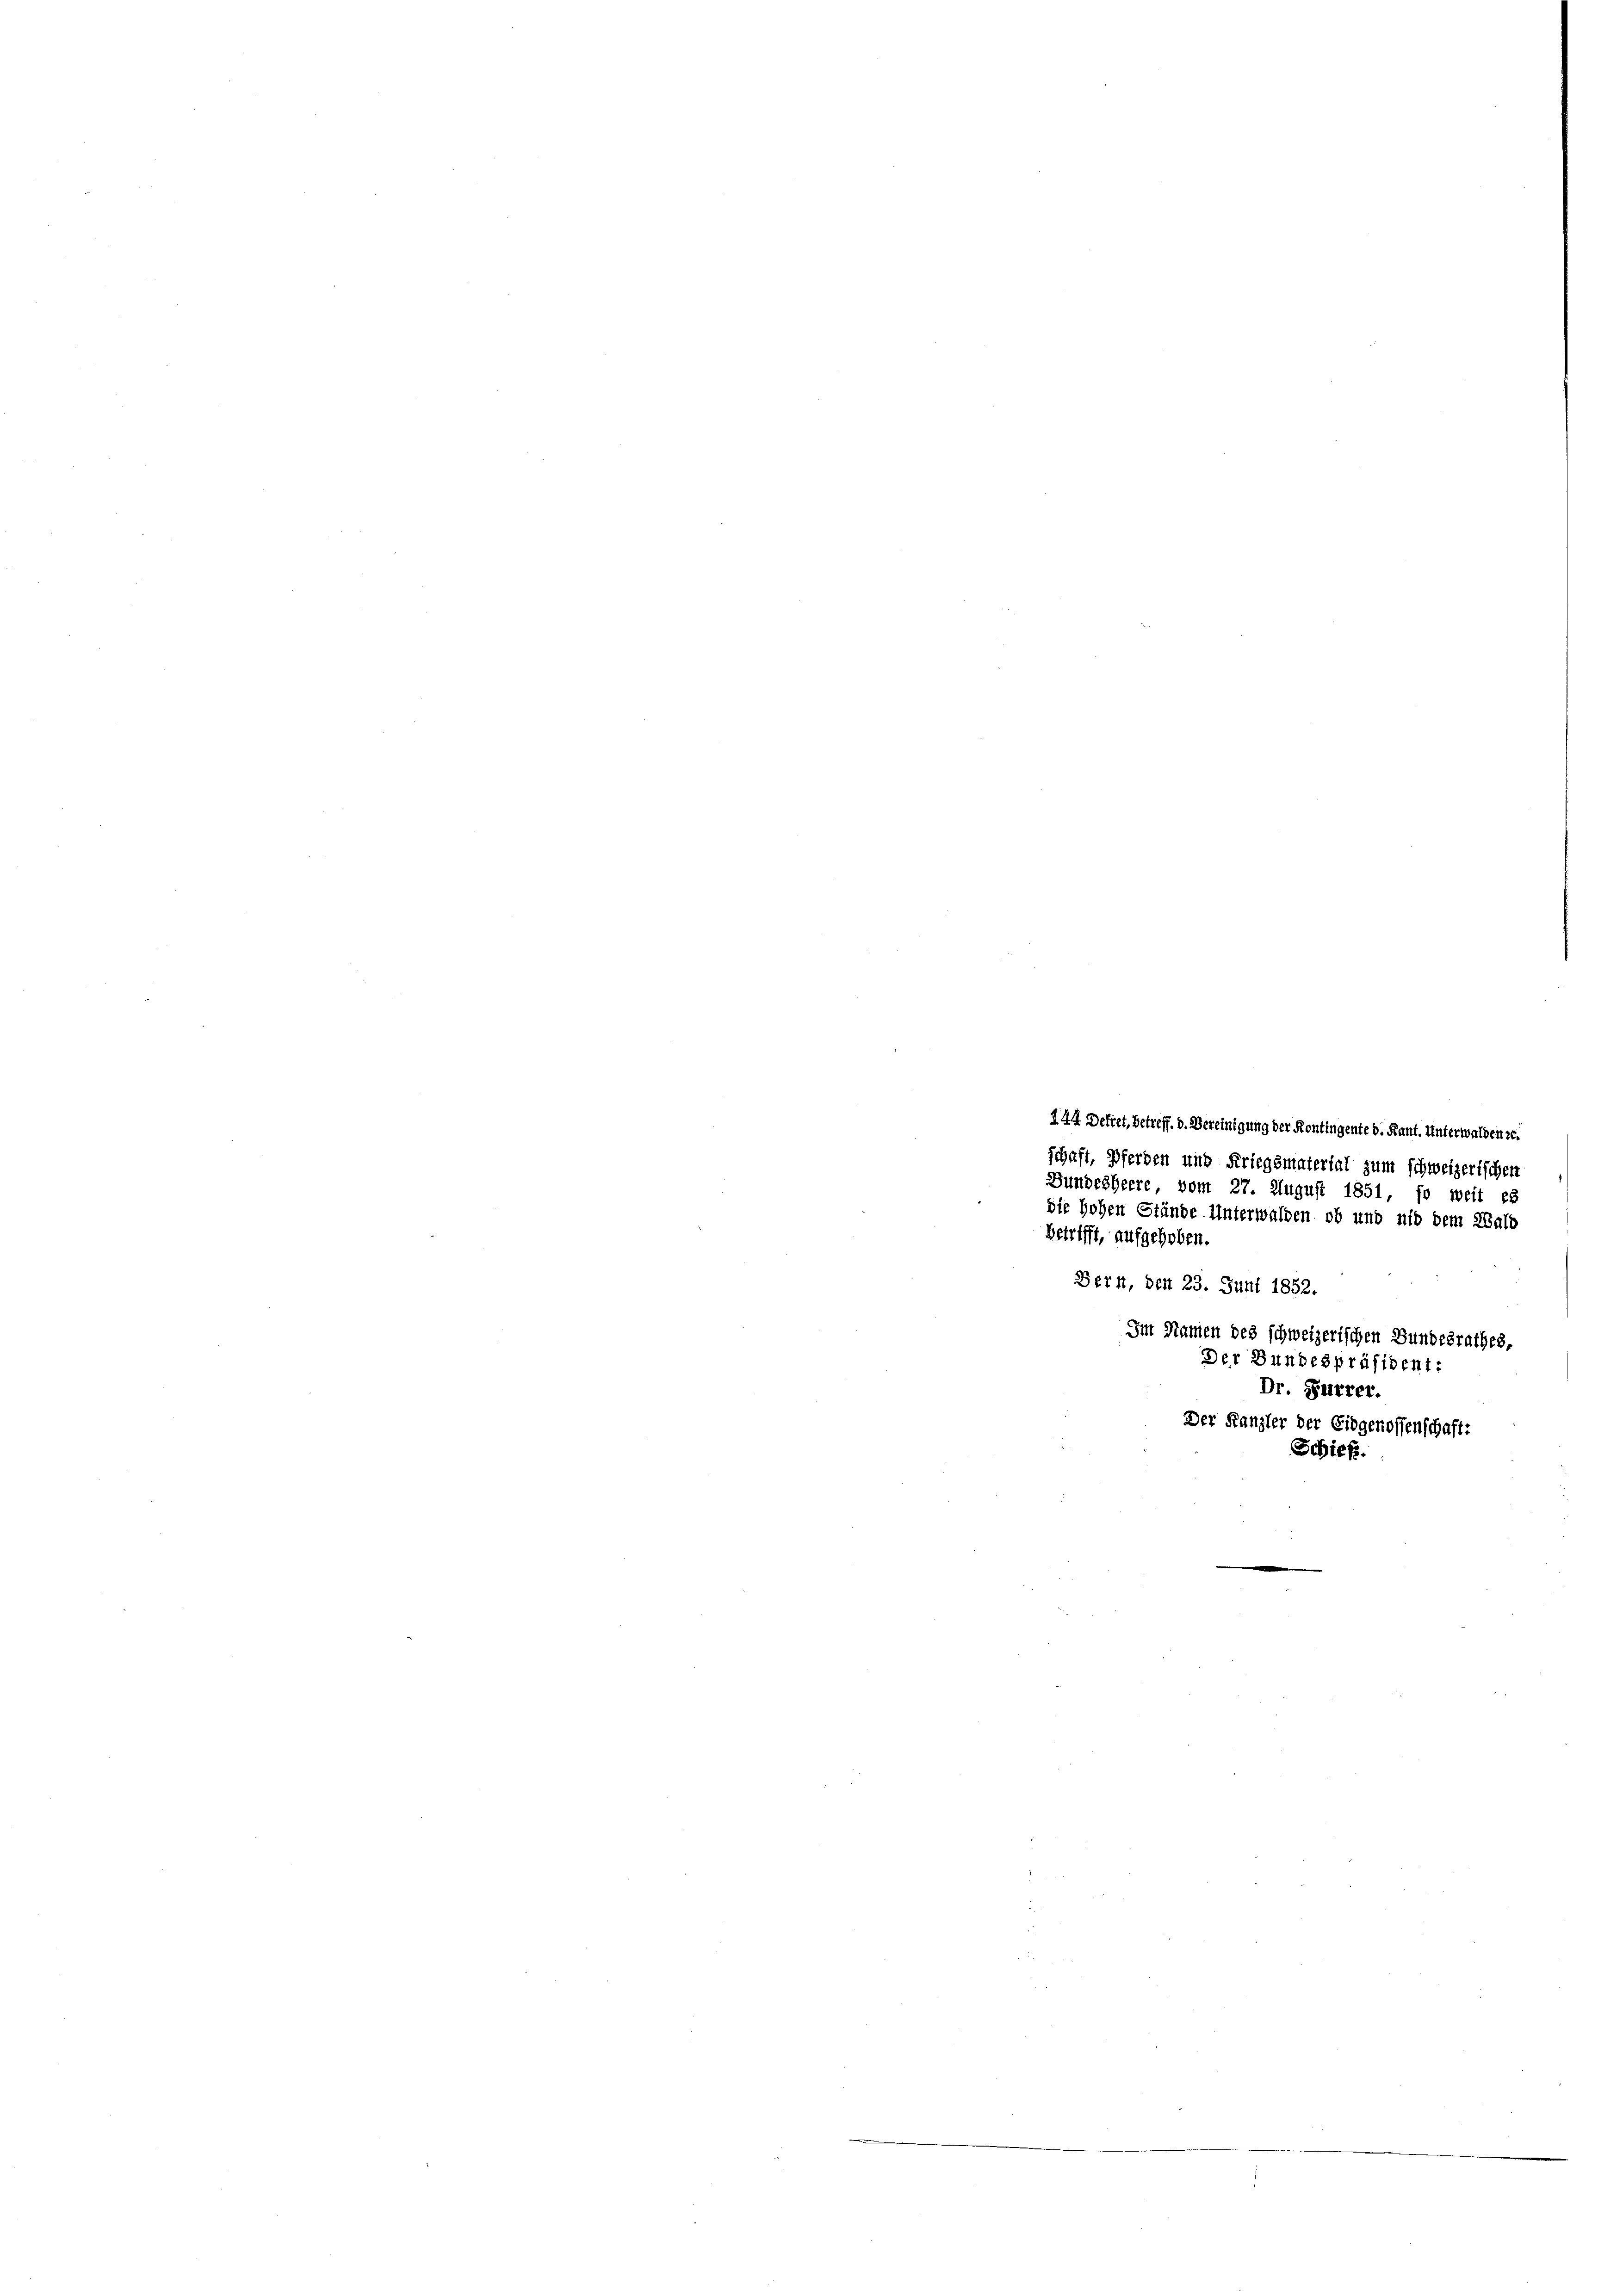
n
144 Dekret, betreff. d. Vereinigung der Kontingente d. Kant. Unterwaldenze.
schaft, Pferden und Kriegsmaterial zum schweizerischen
Bundesheere vom 27. August 1851, so weit es
die Hohen Stände Unterwalden ob und nid dem Salo
Betrifft, aufgehoben.
e
Bern, den 23. Juni 1852.
Im Stamen des schweizerischen Bundesrathes,
Der Bundespräsident:
Dr. Furrer.
Der Kanzler der Eidgenossenschaft:
Schieß.